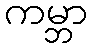
ကမ္ဘာ